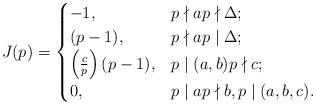
LaTeX: \begin{align*}J(p)= \begin{cases}-1, & p\nmid a p\nmid \Delta; \\(p-1), & p\nmid a p\mid \Delta; \\\left( \frac{c}{p} \right) (p-1), & p\mid (a,b) p\nmid c; \\0, & p\mid a p\nmid b, p \mid (a,b,c).\end{cases}\end{align*}